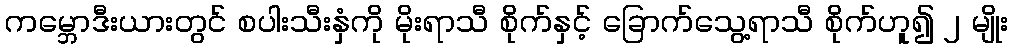
ကမ္ဘောဒီးယားတွင် စပါးသီးနှံကို မိုးရာသီ စိုက်နှင့် ခြောက်သွေ့ရာသီ စိုက်ဟူ၍ ၂ မျိုး